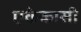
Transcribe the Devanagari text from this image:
एकेकासी